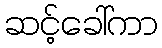
ဆင့်ခေါ်ကာ